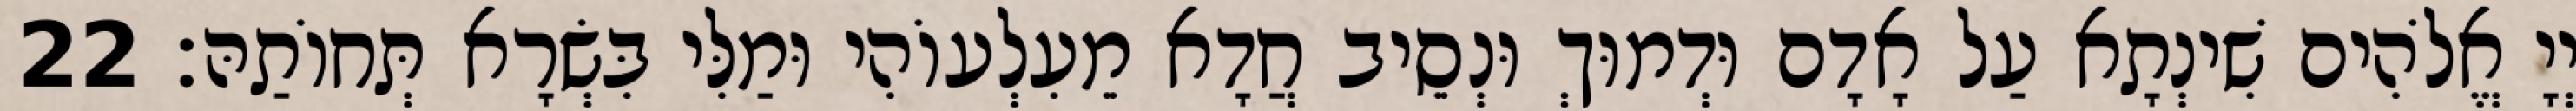
יְיָ אֱלֹהִים שִׁינְתָא עַל אָדָם וּדְמוּךְ וּנְסֵיב חֲדָא מֵעִלְעוֹהִי וּמַלִּי בִּשְׂרָא תְּחוֹתַהּ׃ 22